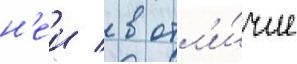
н'еи / в отл'и́чие